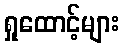
ရှုထောင့်များ